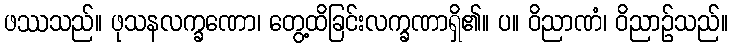
ဖဿသည်။ ဖုသနလက္ခဏော၊ တွေ့ထိခြင်းလက္ခဏာရှိ၏။ ပ။ ဝိညာဏံ၊ ဝိညာဉ်သည်။